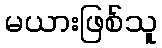
မယားဖြစ်သူ